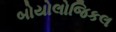
બોયોલોજિકલ